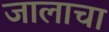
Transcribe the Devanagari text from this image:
जालाचा